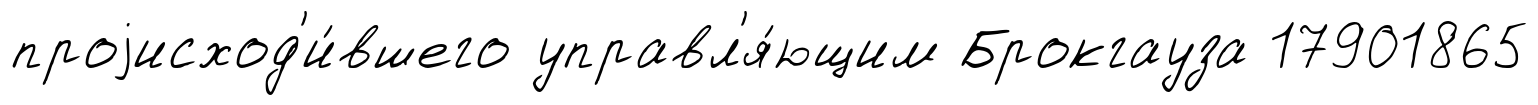
проjисход'и́вшего управл'я́ющим Брокгауза 17901865